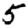
Digit: 5